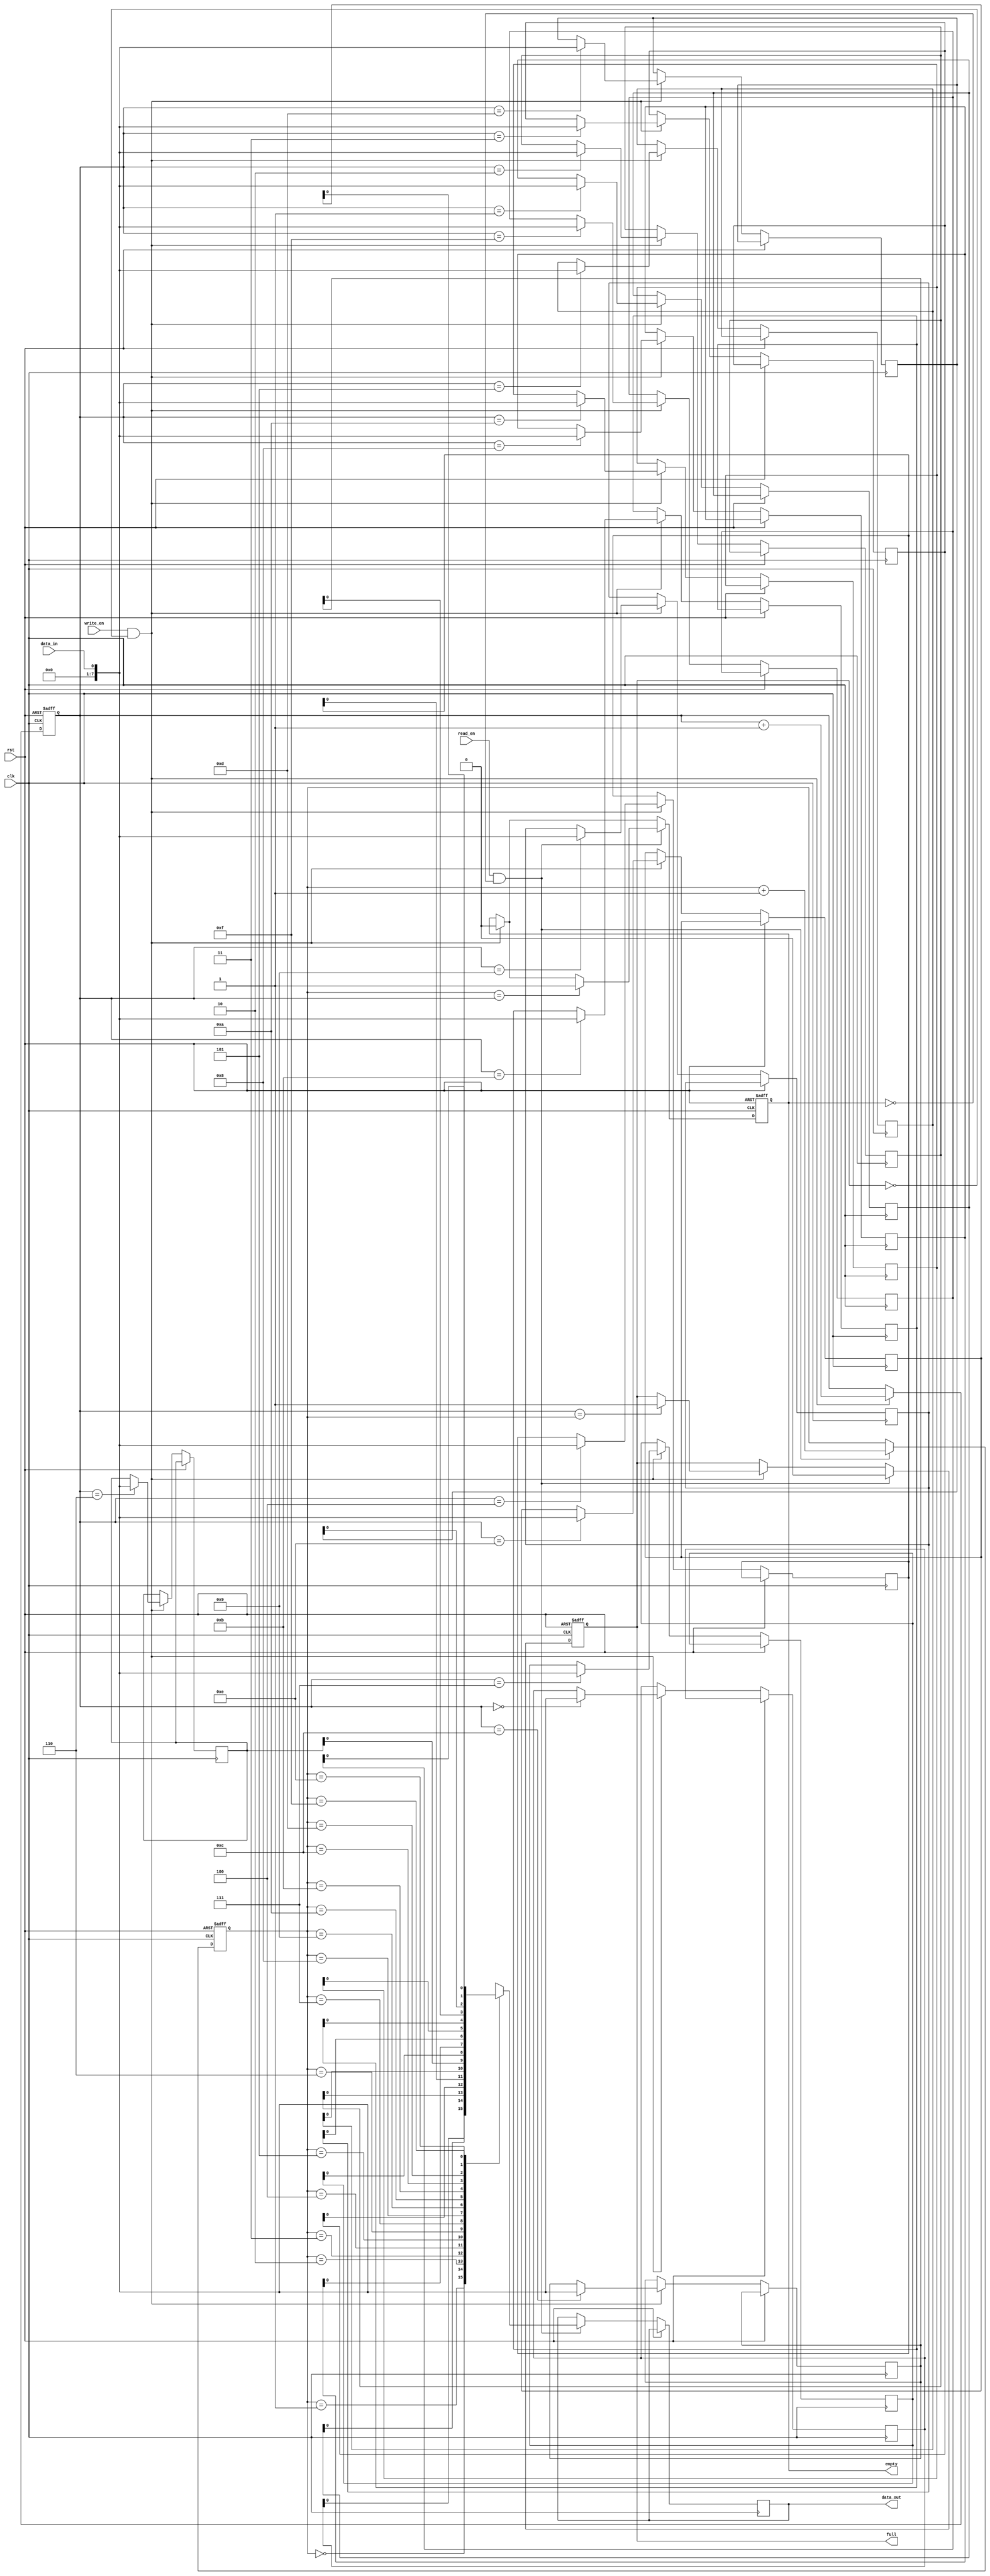
module AsyncFIFO(
  input wire clk,       // Clock signal
  input wire rst,       // Reset signal
  input wire write_en,  // Write enable signal
  input wire read_en,   // Read enable signal
  input wire data_in,   // Data input signal
  output reg data_out,  // Data output signal
  output reg full,      // Full flag
  output reg empty      // Empty flag
);

reg [7:0] memory [0:15]; // FIFO memory with a depth of 16 (can be adjusted)
reg [3:0] write_ptr = 4'b0000; // Write pointer initialized to 0
reg [3:0] read_ptr = 4'b0000;  // Read pointer initialized to 0

always @ (posedge clk or posedge rst) begin
  if (rst) begin
    write_ptr <= 4'b0000;
    read_ptr <= 4'b0000;
    full <= 1'b0;
    empty <= 1'b1;
  end else begin
    if (write_en && !full) begin
      memory[write_ptr] <= data_in;
      write_ptr <= write_ptr + 1;
      if (write_ptr == read_ptr) begin
        full <= 1'b1;
      end
      empty <= 1'b0;
    end

    if (read_en && !empty) begin
      data_out <= memory[read_ptr];
      read_ptr <= read_ptr + 1;
      if (read_ptr == write_ptr) begin
        empty <= 1'b1;
      end
      full <= 1'b0;
    end
  end
end

endmodule